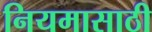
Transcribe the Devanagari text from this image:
नियमासाठी